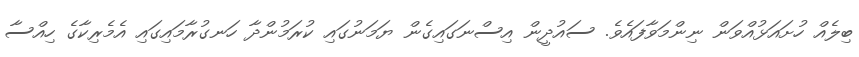
ބިލެއް ހުށައަޅުއްވަން ނިންމަވާފައެވެ. ސައުދީން އިސްނަގައިގެން ޔަމަނުގައި ކުރަމުންދާ ހަނގުރާމައިގައި އެމެރިކާގެ ހިއްސާ